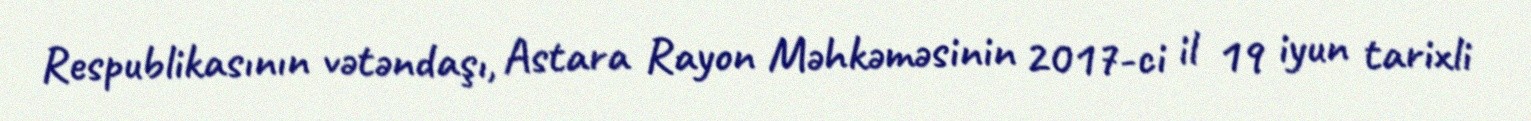
Respublikasının vətəndaşı, Astara Rayon Məhkəməsinin 2017-ci il 19 iyun tarixli